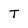
Character: T